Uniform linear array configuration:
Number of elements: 48
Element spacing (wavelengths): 0.5
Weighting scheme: uniform
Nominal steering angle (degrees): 15
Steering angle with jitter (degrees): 13.74
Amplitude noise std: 0.05
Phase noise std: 0.05

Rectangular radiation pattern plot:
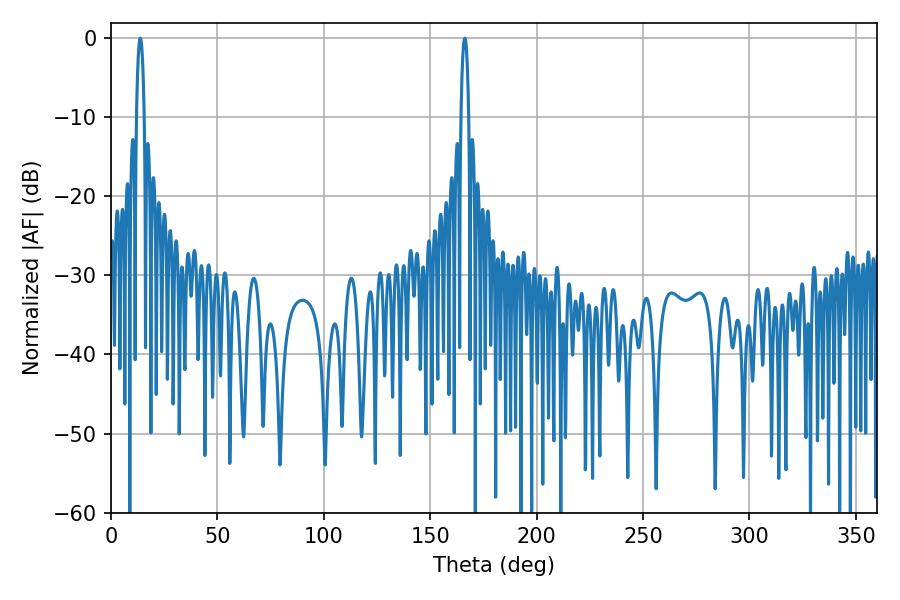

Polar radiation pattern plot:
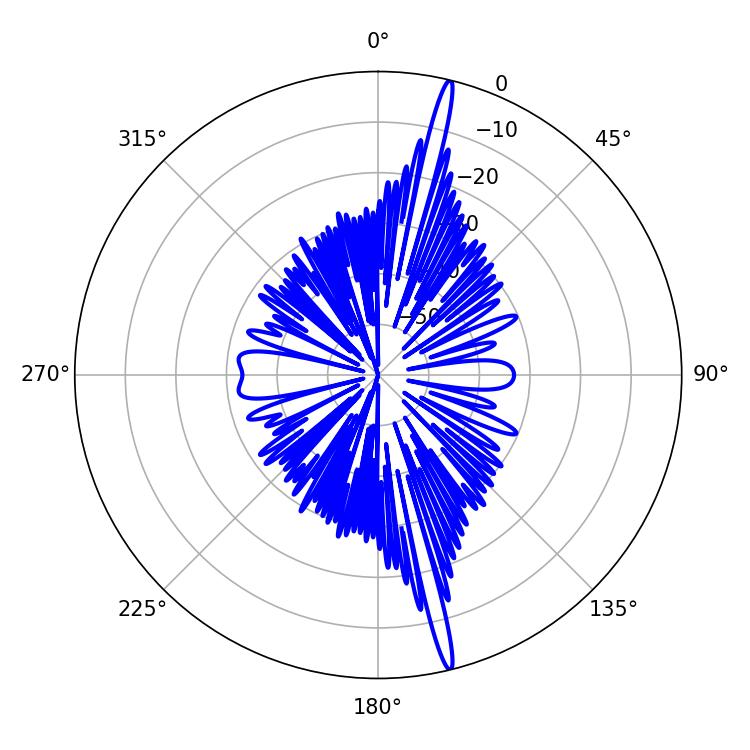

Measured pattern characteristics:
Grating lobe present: FALSE
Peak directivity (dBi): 19.937
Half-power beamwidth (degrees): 1.98
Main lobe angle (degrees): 13.68